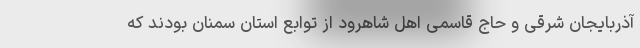
آذربایجان شرقی و حاج قاسمی اهل شاهرود از توابع استان سمنان بودند که